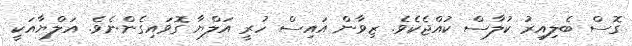
ގޮސް ބެލިއިރު ކުލާސް ކުއްޖެކެވެ. ޒިވާން އައިސް ހުރީ އަލްޔާ ގޮވައިގެންނެވެ. އަލްޔާއަކީ